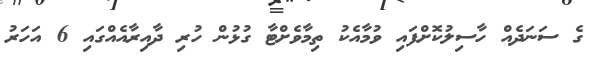
ގެ ސަނަދެއް ހާސިލުކޮށްފައި ވުމާއެކު ތިމާވެށްޓާ ގުޅުން ހުރި ދާއިރާއެއްގައި 6 އަހަރު